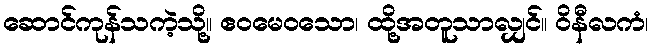
ဆောင်ကုန်သကဲ့သို့။ ဧဝမေဝသော၊ ထို့အတူသာလျှင်။ ဝိနီလကံ၊